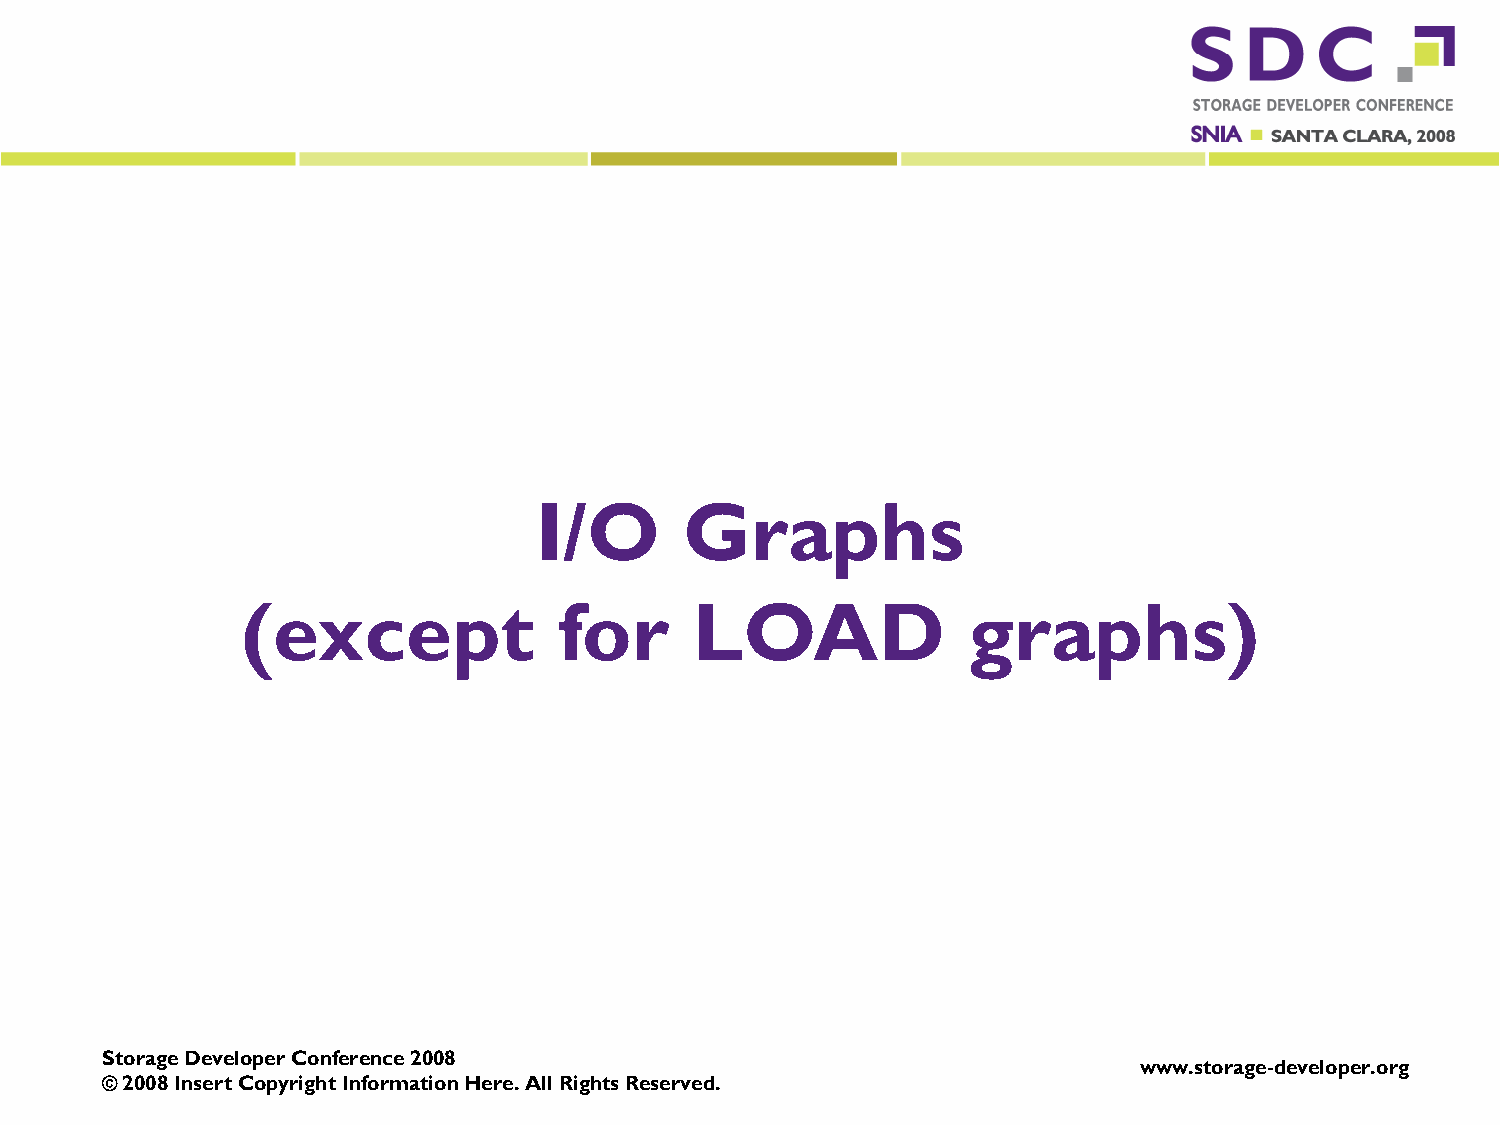
I/O       Graphs
 (except              for      LOAD              graphs)
 Storage Developer Conference 2008
 www.storage-developer.org
 © 2008 Insert Copyright Information Here. All Rights Reserved.